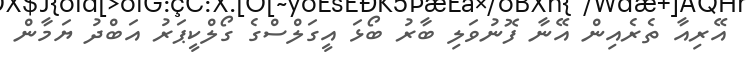
އޭރިއާ ތެރެއިން އޭނާ ފޮނުވަލި ބާރު ބޯޅަ އީގަލްސްގެ ގޯލްކީޕަރު އަބްދު ޔަމާން